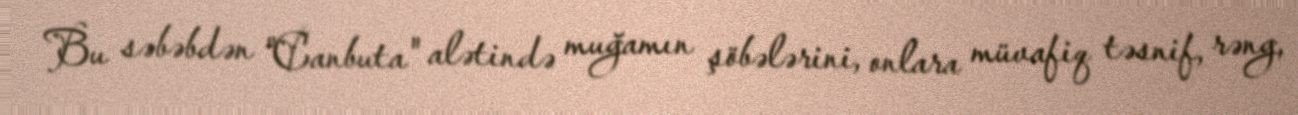
Bu səbəbdən "Canbuta" alətində muğamın şöbələrini, onlara müvafiq təsnif, rəng,